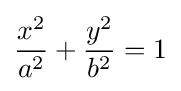
{x^{2} \over a^{2}}+{y^{2} \over b^{2}}=1